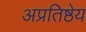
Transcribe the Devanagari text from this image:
अप्रतिष्ठेय